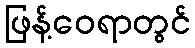
ဖြန့်ဝေရာတွင်